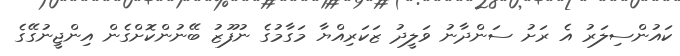
ކައުންސިލަރު އެ ރަށު ސަންދާނު ވަލީދު ޒަކަރިއްޔާ މަގާމުގެ ނުފޫޒު ބޭނުންކޮށްގެން އިންޖީނުގޭގެ